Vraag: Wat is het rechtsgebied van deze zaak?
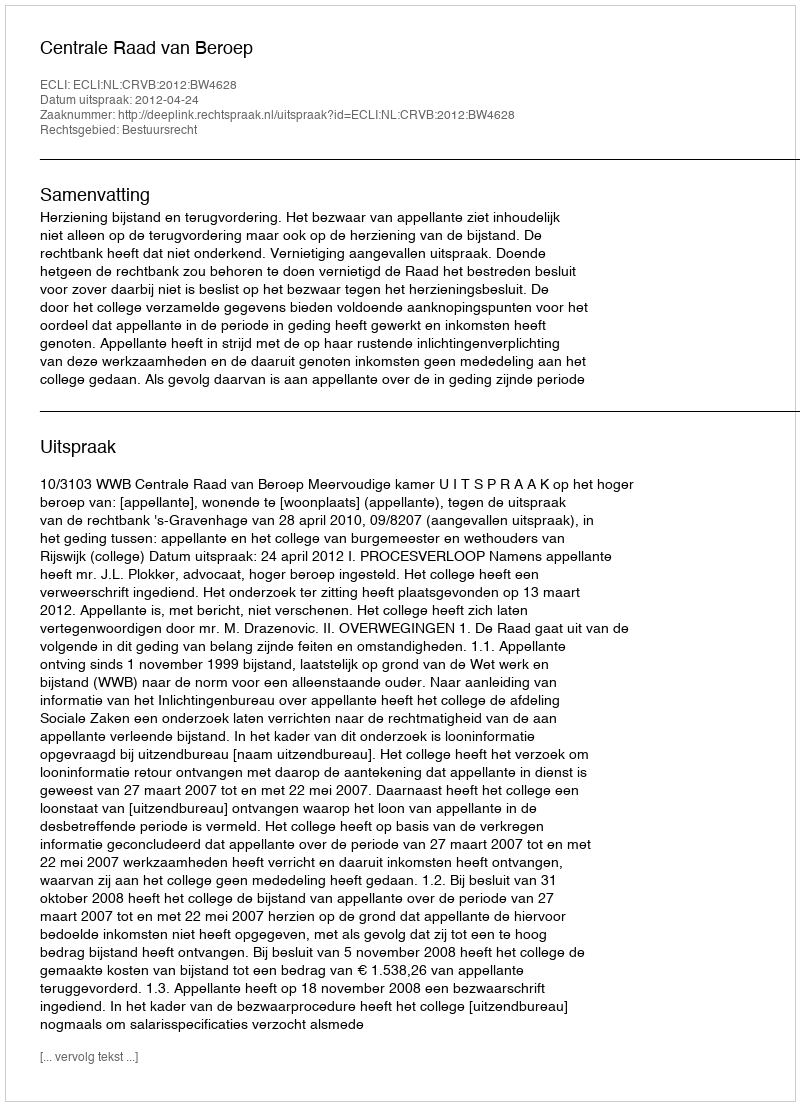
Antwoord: Bestuursrecht